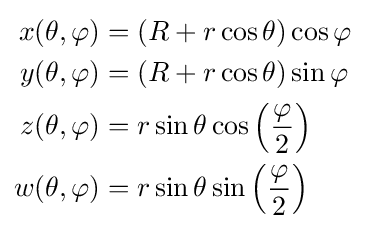
{\begin{aligned}x(\theta ,\varphi )&=(R+r\cos \theta )\cos {\varphi }\\y(\theta ,\varphi )&=(R+r\cos \theta )\sin {\varphi }\\z(\theta ,\varphi )&=r\sin \theta \cos \left({\frac {\varphi }{2}}\right)\\w(\theta ,\varphi )&=r\sin \theta \sin \left({\frac {\varphi }{2}}\right)\end{aligned}}